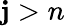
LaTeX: \mathbf{j}>n